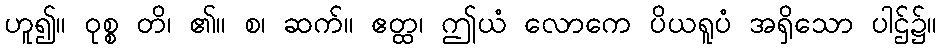
ဟူ၍။ ဝုစ္စ တိ၊ ၏။ စ၊ ဆက်။ ဧတ္ထ၊ ဤယံ လောကေ ပိယရူပံ အရှိသော ပါဌ်၌။